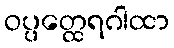
ဝပ္ပတ္ထေရဂါထာ